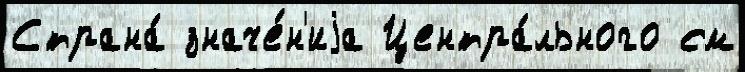
Страна́ значе́н'иjа Центра́льного см